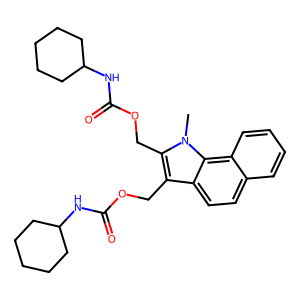
SMILES: Cn1c(COC(=O)NC2CCCCC2)c(COC(=O)NC2CCCCC2)c2ccc3ccccc3c21
Inhibits HIV replication: No